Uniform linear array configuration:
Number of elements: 16
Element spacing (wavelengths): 0.5
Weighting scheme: exponential
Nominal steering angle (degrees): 30
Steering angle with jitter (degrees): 31.893
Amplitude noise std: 0.05
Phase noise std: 0.05

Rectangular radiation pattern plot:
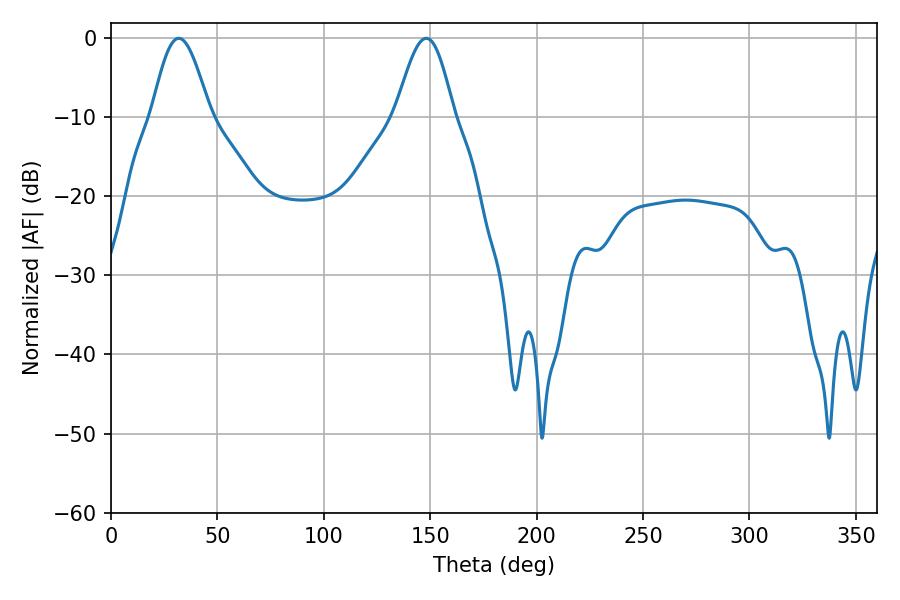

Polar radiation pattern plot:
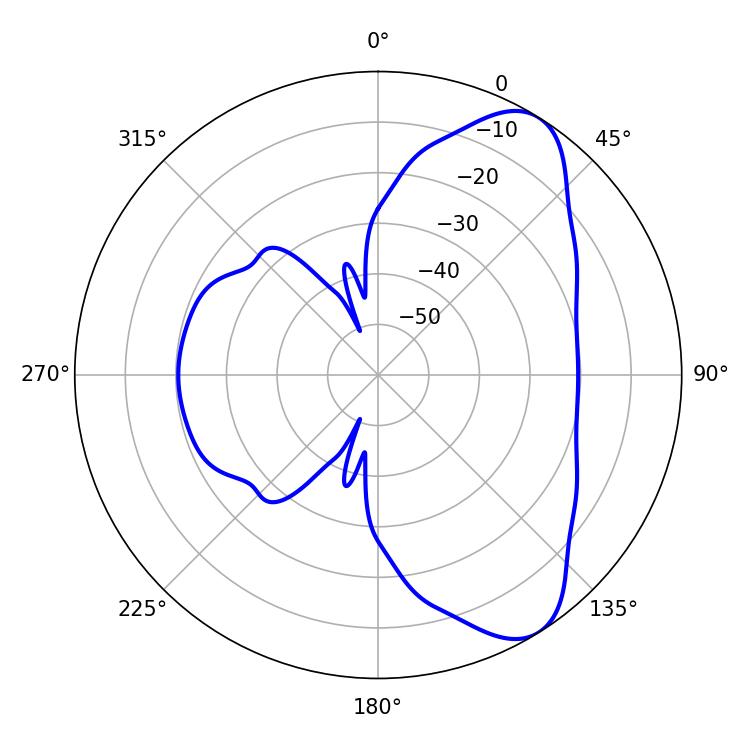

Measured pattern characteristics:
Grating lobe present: FALSE
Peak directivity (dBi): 7.889
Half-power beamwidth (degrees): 14.58
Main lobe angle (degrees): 31.86